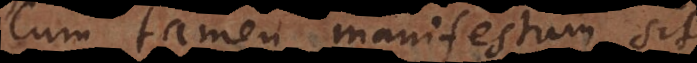
Cum tamen manifestum sit